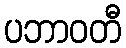
ပဘာဝတီ